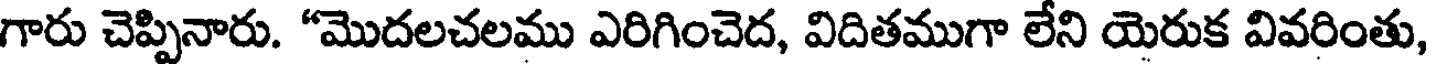
గారు చెప్పినారు. "మొదలచలము ఎరిగించెద, విదితముగా లేని యెరుక వివరింతు,